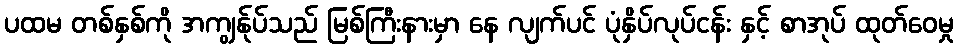
ပထမ တစ်နှစ်ကို အကျွန်ုပ်သည် မြစ်ကြီးနားမှာ နေ လျက်ပင် ပုံနှိပ်လုပ်ငန်း နှင့် စာအုပ် ထုတ်ဝေမှု